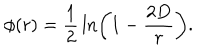
LaTeX: \phi ( r ) = { \frac { 1 } { 2 } } \ln \left( 1 - { \frac { 2 D } { r } } \right) .